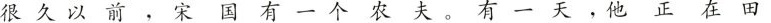
很久以前，宋国有一个农夫。有一天，他正在田